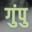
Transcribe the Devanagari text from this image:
गुंपु